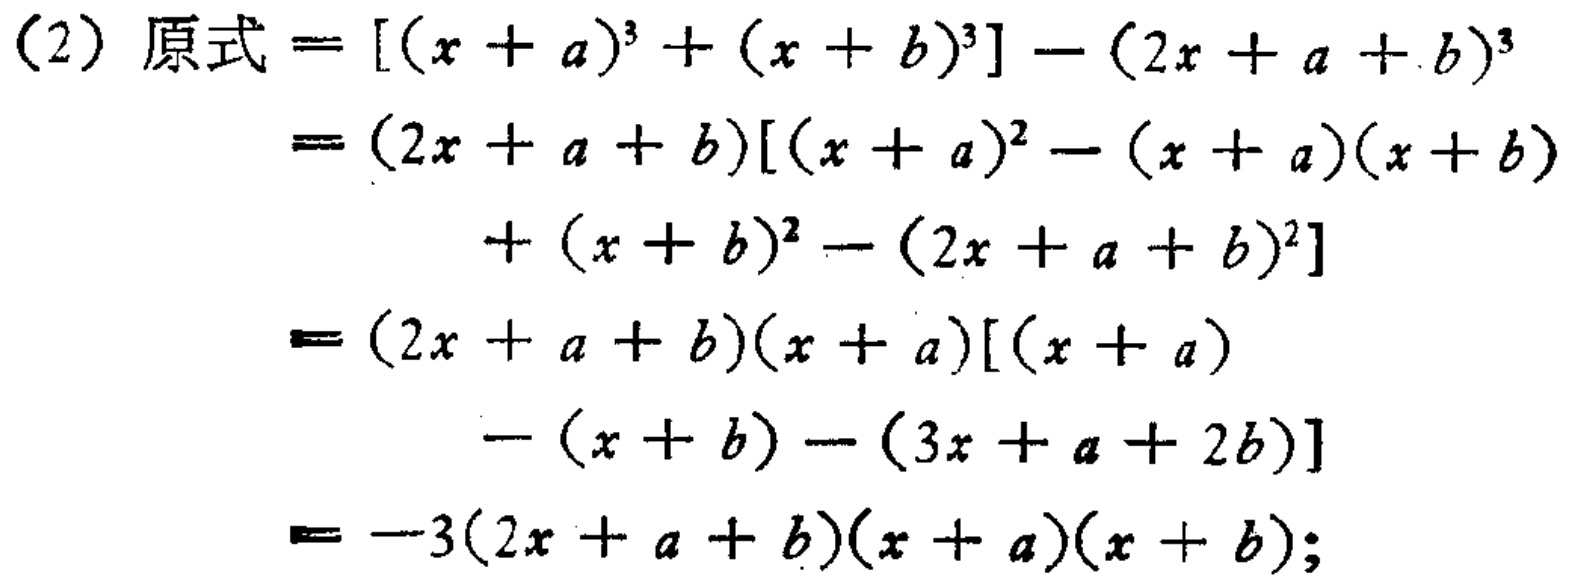
\begin{align*}

\text{(2) 原式}&=[(x + a)^3+(x + b)^3]-(2x + a + b)^3\\

&=(2x + a + b)[(x + a)^2-(x + a)(x + b)\\

&\quad+(x + b)^2-(2x + a + b)^2]\\

&=(2x + a + b)(x + a)[(x + a)\\

&\quad-(x + b)-(3x + a + 2b)]\\

&=-3(2x + a + b)(x + a)(x + b);

\end{align*}